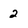
Character: 2